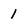
Character: 1